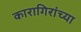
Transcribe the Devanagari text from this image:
कारागिरांच्या